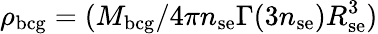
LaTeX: \rho_{\mathrm{bcg}}=(M_{\mathrm{bcg}}/4\pi n_{\mathrm{se}}\Gamma(3n_{\mathrm{se}})R_{\mathrm{se}}^{3})